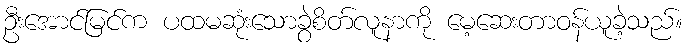
ဦးအောင်မြင်က ပထမဆုံးသောခွဲစိတ်လူနာကို မေ့ဆေးတာဝန်ယူခဲ့သည်။